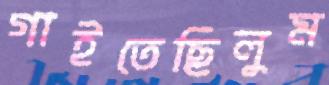
গাইতেছিলুম